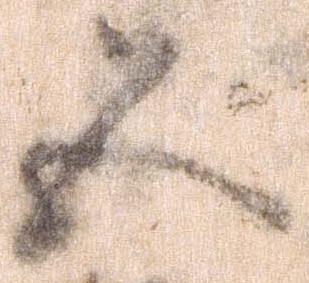
五